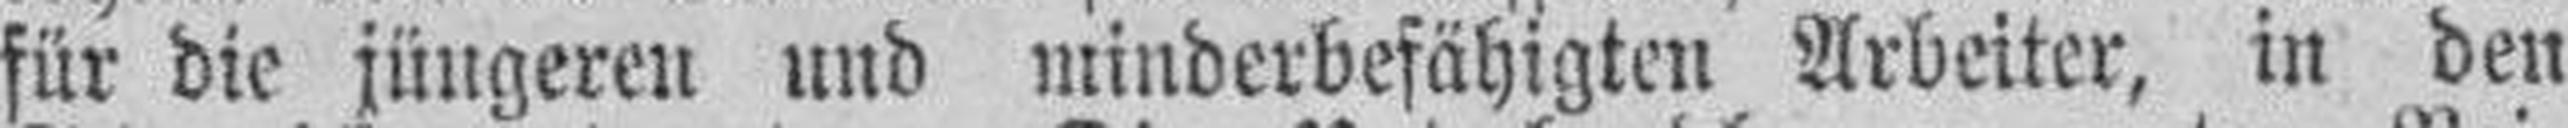
für die jüngeren und minderbefähigten Arbeiter, in den